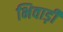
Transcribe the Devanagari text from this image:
भिवाड़ी